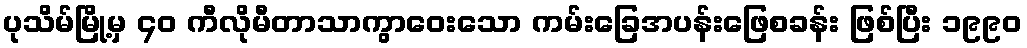
ပုသိမ်မြို့မှ ၄၀ ကီလိုမီတာသာကွာဝေးသော ကမ်းခြေအပန်းဖြေစခန်း ဖြစ်ပြီး ၁၉၉၀